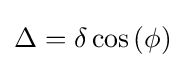
\Delta =\delta \cos \left(\phi \right)